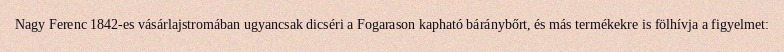
Nagy Ferenc 1842-es vásárlajstromában ugyancsak dicséri a Fogarason kapható báránybőrt, és más termékekre is fölhívja a figyelmet: